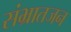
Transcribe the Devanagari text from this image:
संभ्रातजन